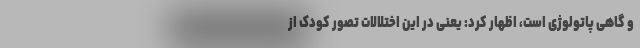
و گاهی پاتولوژی است، اظهار کرد: یعنی در این اختلالات تصور کودک از